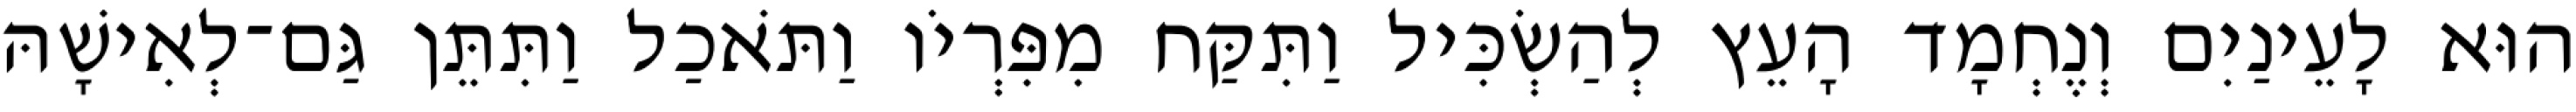
הוּא לָעֵינַיִם וְנֶחְמָד הָעֵץ לְהַשְׂכִּיל וַתִּקַּח מִפִּרְיֹו וַתֹּאכַל וַתִּתֵּן גַּם־לְאִישָׁהּ